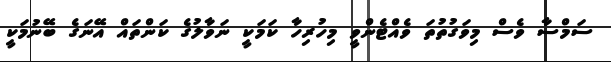
ސަމްސާ ވެސް މިވަގުތުތަ ވެއްޓެންވީ މިހުރިހާ ކަމަކީ ނަވާލުގެ ކަންތައް އޭނަގެ ބޭނުމަކީ